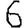
Digit: 6